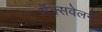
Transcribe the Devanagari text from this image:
मॅक्सवेलने